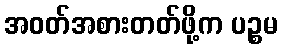
အဝတ်အစားတတ်ဖို့က ပဉ္စမ